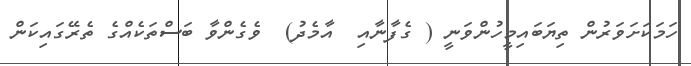
ހަމަކަށަވަރުން ތިޔަބައިމީހުންވަނީ ( ގެފާނާއި  އާމެދު)  ވެގެންވާ ބަސްތަކެއްގެ ތެރޭގައިކަން